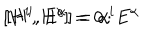
[ H ^ { i } , H ^ { j } ] = 0 \, ; \hspace { 1 c m } [ H ^ { i } , E ^ { \alpha } ] = \alpha ^ { i } E ^ { \alpha }